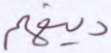
دينهم